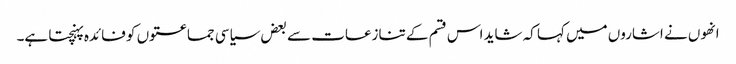
انھوں نے اشاروں میں کہا کہ شاید اس قسم کے تنازعات سے بعض سیاسی جماعتوں کو فائدہ پہنچتا ہے۔